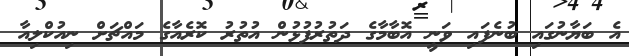
އެ ބަޔާނުގައި ބުނެފައި ވަނީ އޮބާމާގެ ދަތުރުފުޅުން އުތުރު ކޮރެއާގެ މައްޗަށް ނިއުކްލިއާ